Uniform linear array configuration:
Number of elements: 12
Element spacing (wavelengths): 0.5
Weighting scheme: kaiser
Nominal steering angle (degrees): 60
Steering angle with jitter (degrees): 61.733
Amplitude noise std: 0.05
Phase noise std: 0.05

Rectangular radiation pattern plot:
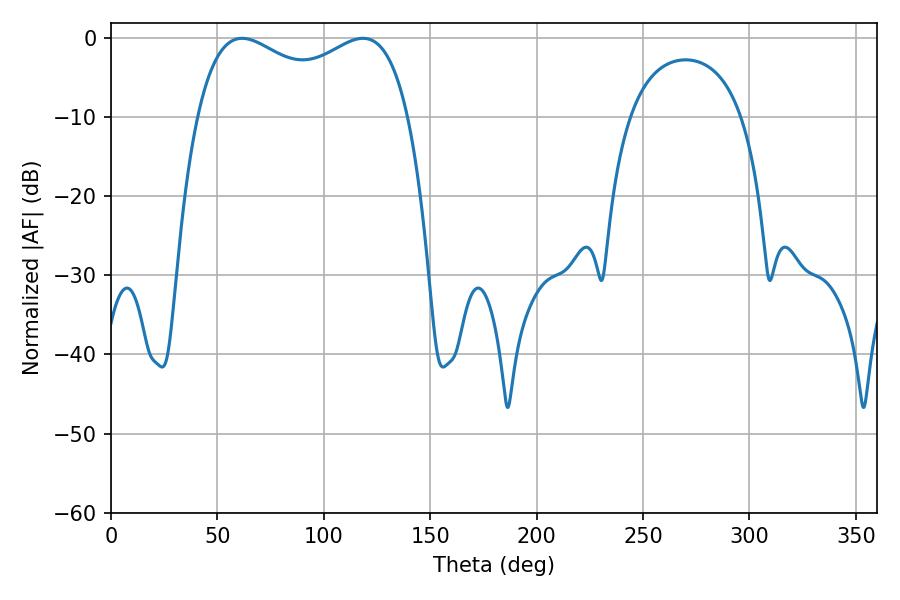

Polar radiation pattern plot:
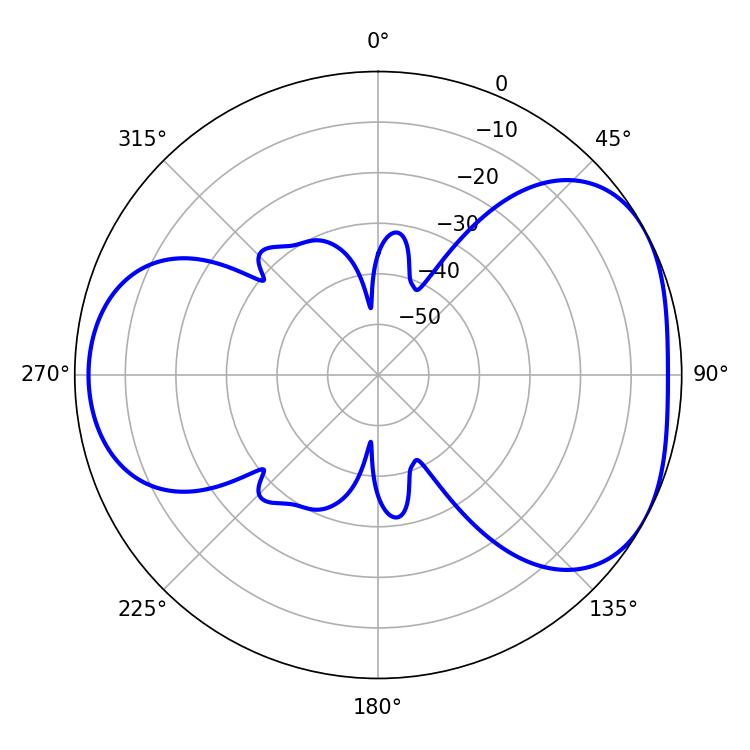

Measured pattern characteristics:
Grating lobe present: FALSE
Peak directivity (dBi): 4.396
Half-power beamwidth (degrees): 82.44
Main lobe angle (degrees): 61.56